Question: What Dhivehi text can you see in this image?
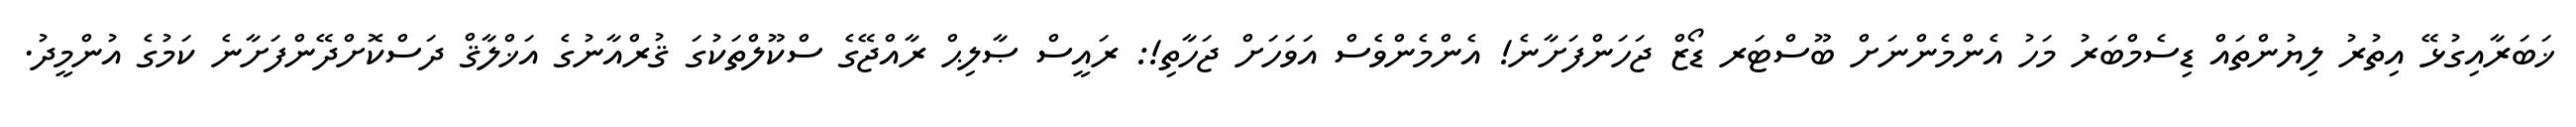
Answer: ޚަބަރާއިގުޅޭ އިތުރު ލިޔުންތައް ޑިސެމްބަރު މަހު އެންމެންނަށް ބޫސްޓަރ ޑޯޒް ޖަހަންފަށާނެ! އެންމެންވެސް އަވަހަށް ޖަހާތި!: ރައީސް ޞާލިޙް ރާއްޖޭގެ ސްކޫލްތަކުގަ ޤުރްއާނުގެ އަޚްލާޤް ދަސްކޮށްދޭންފަށާނެ ކަމުގެ އުންމީދު.